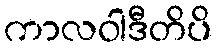
ကာလဝါဒီတိပိ